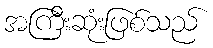
အကြီးဆုံးဖြစ်သည်